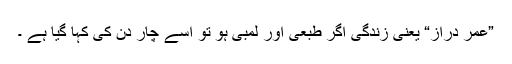
”عمر دراز“ یعنی زندگی اگر طبعی اور لمبی ہو تو اسے چار دن کی کہا گیا ہے ۔